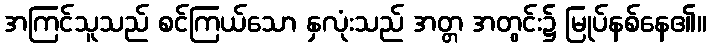
အကြင်သူသည် စင်ကြယ်သော နှလုံးသည် အတ္တ အတွင်း၌ မြုပ်နစ်နေ၏။